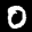
Label: 0